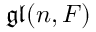
{ \mathfrak { g l } } ( n , F )